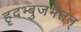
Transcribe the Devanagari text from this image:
हृदभ्बुजभेतत्